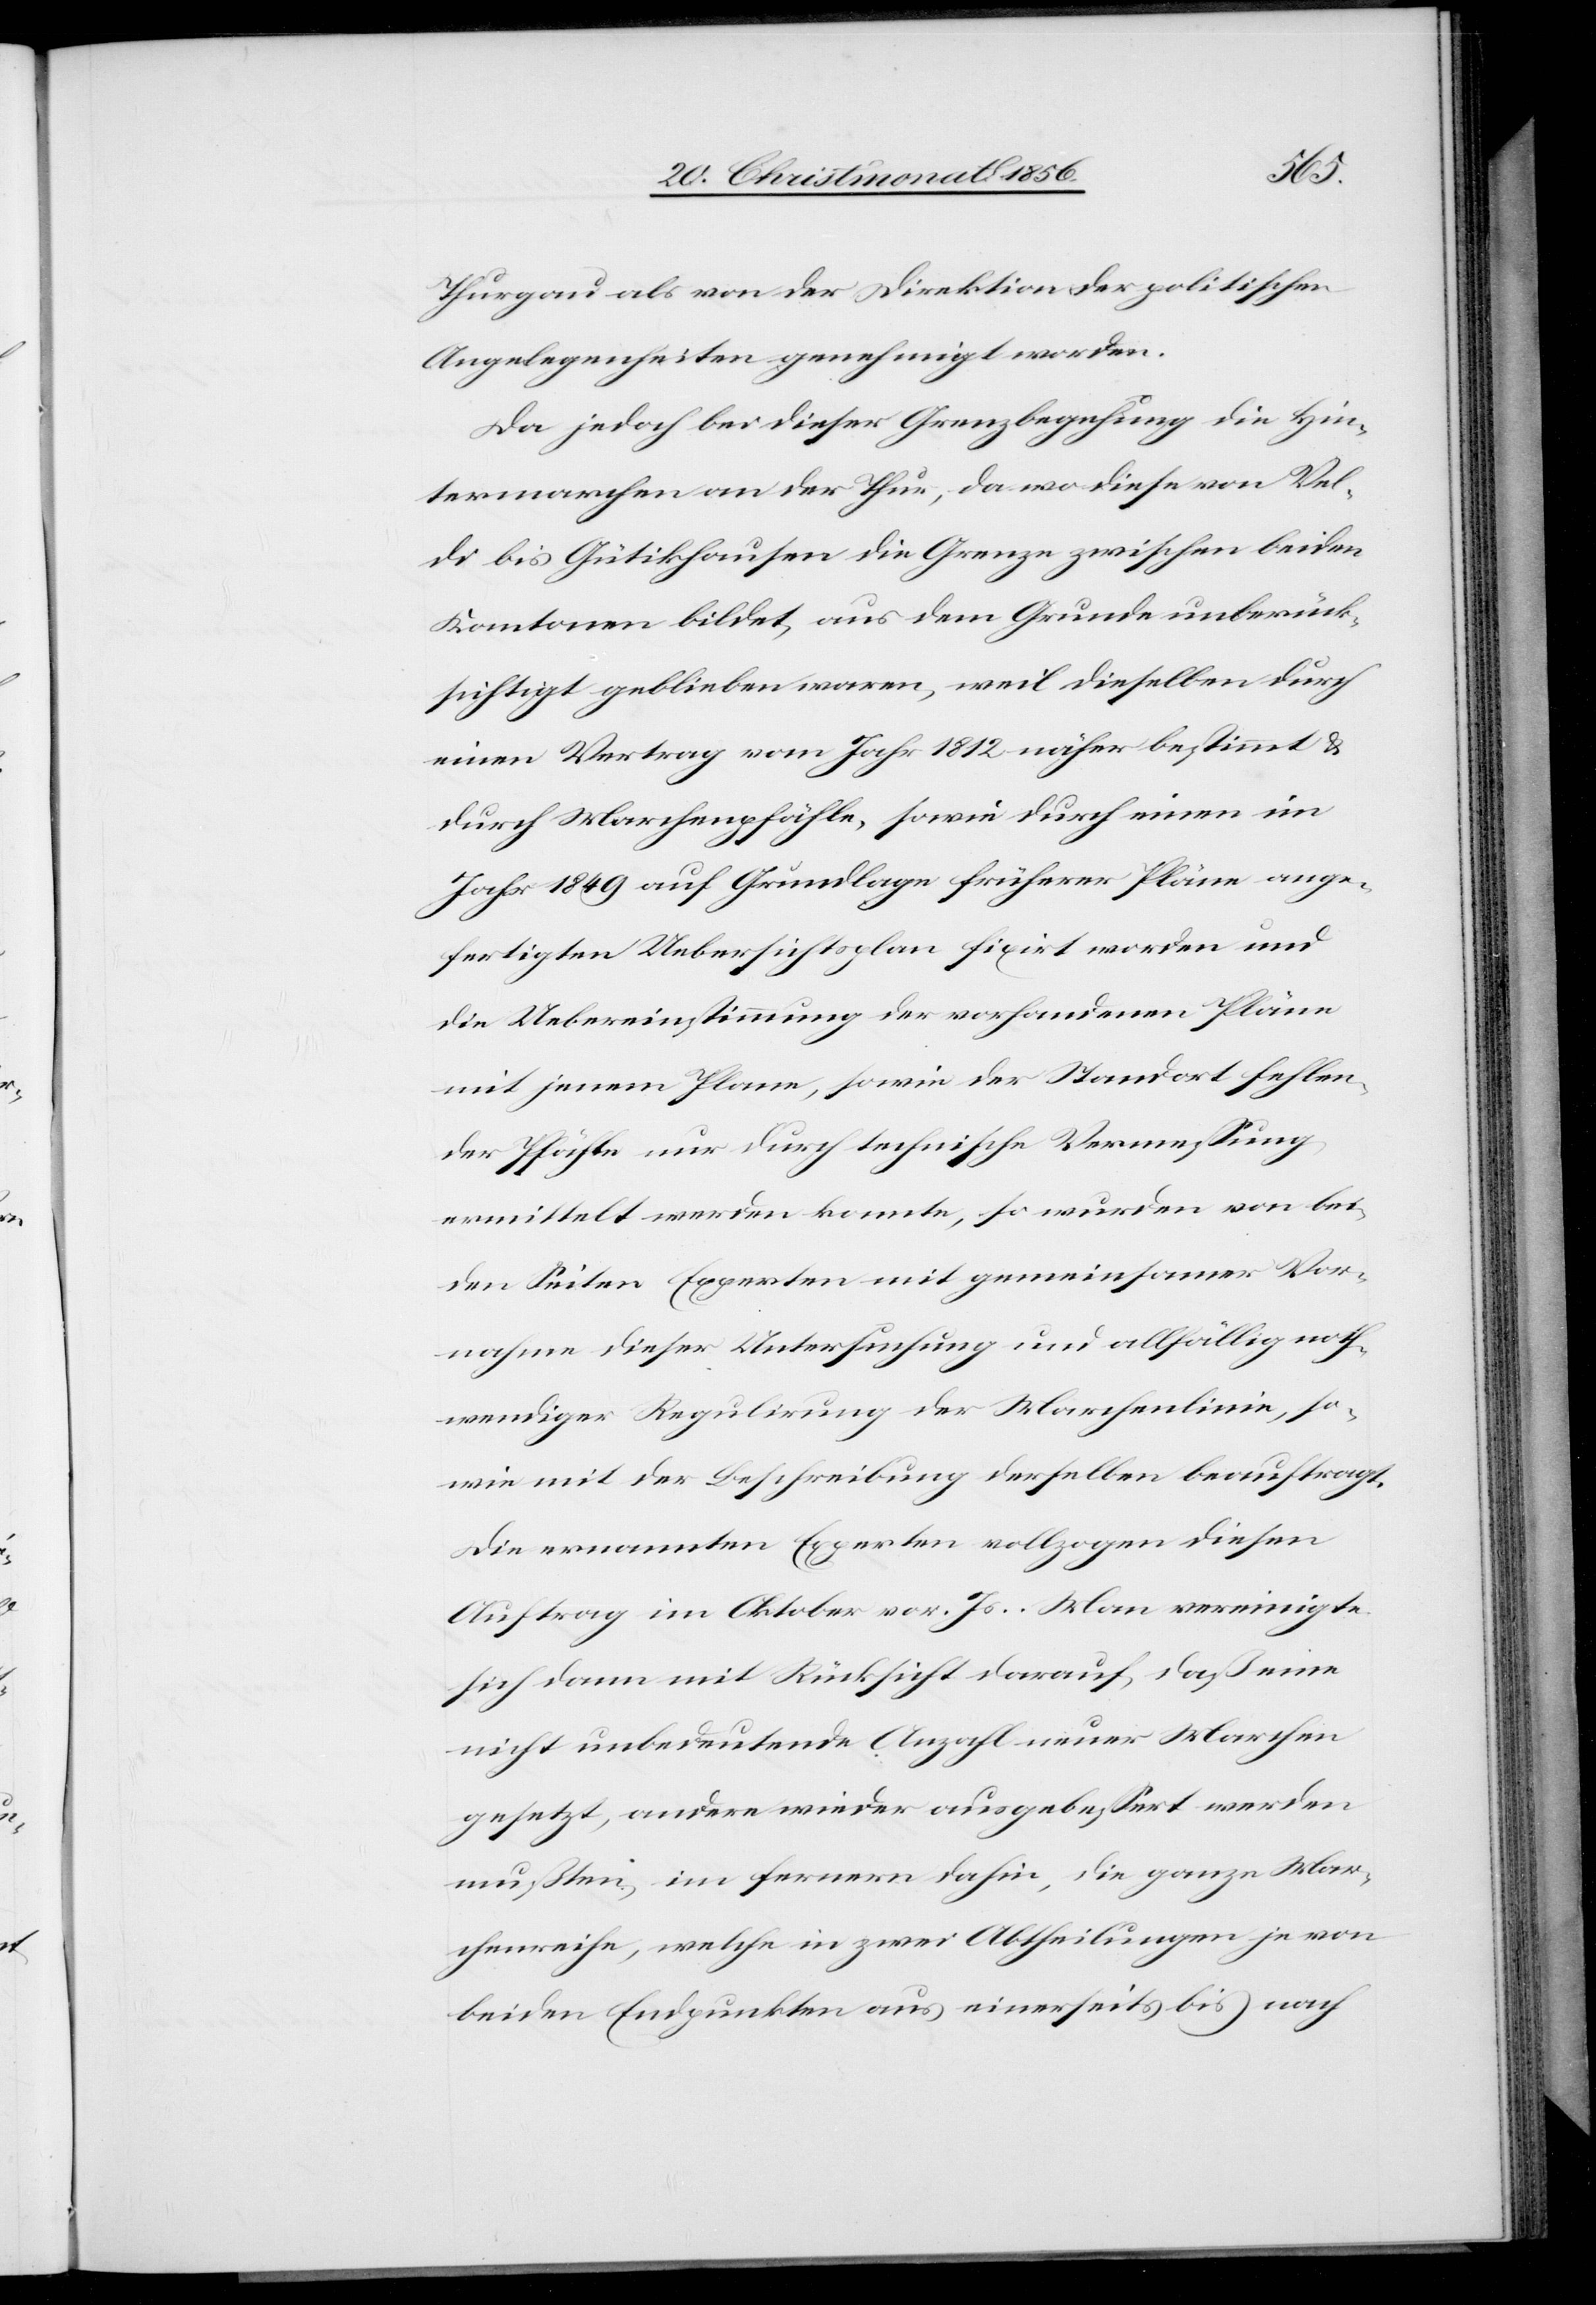
Thurgau als von der Direktion der politischen
Angelegenheiten genehmigt worden.
Da jedoch bei dieser Grenzbegehung die Hin¬
termarchen an der Thur, da wo diese von Vel¬
di bis Gütikhausen die Grenze zwischen beiden
Kantonen bildet, aus dem Grunde unberück¬
sichtigt geblieben waren, weil dieselben durch
einen Vertrag vom Jahr 1812 näher bestimmt &
durch Marchenpfähle, sowie durch einen im
Jahr 1849 auf Grundlage früherer Pläne ange¬
fertigten Uebersichtsplan fixirt worden und
die Uebereinstimmung der vorhandenen Pläne
mit jenem Plane, sowie der Standort fehlen¬
der Pfähle nur durch technische Vermessung
ermittelt werden konnte, so wurden von bei¬
den Seiten Experten mit gemeinsamer Vor¬
nahme dieser Untersuchung und allfällig noth¬
wendiger Regulirung der Marchenlinie, so¬
wie mit der Beschreibung derselben beauftragt.
Die ernannten Experten vollzogen diesen
Auftrag im Oktober vor. Js. Man vereinigte
sich dann mit Rücksicht darauf, daß eine
nicht unbedeutende Anzahl neuer Marchen
gesetzt, andere wieder ausgebessert werden
mußten, im fernern dahin, die ganze Mar¬
chenreihe, welche in zwei Abtheilungen je von
beiden Endpunkten aus einerseits bis nach